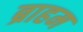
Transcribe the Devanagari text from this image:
ब्राहम